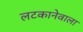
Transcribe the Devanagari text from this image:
लटकानेवाला